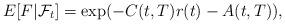
LaTeX: \begin{align*}E[F|\mathcal{F}_{t}]=\exp (-C(t,T)r(t)-A(t,T)), \end{align*}